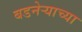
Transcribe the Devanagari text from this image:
बडनेर्‍याच्या